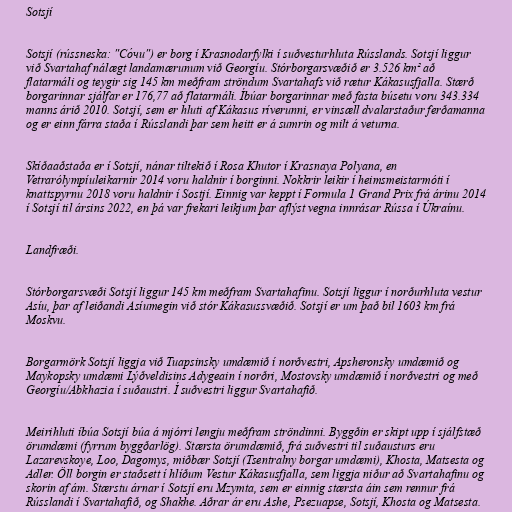
Sotsjí

Sotsjí (rússneska: "Со́чи") er borg í Krasnodarfylki í suðvesturhluta Rússlands. Sotsjí liggur
við Svartahaf nálægt landamærunum við Georgíu. Stórborgarsvæðið er 3.526 km² að
flatarmáli og teygir sig 145 km meðfram ströndum Svartahafs við rætur Kákasusfjalla. Stærð
borgarinnar sjálfar er 176,77 að flatarmáli. Íbúar borgarinnar með fasta búsetu voru 343.334
manns árið 2010. Sotsjí, sem er hluti af Kákasus ríverunni, er vinsæll dvalarstaður ferðamanna
og er einn fárra staða í Rússlandi þar sem heitt er á sumrin og milt á veturna.

Skíðaaðstaða er í Sotsjí, nánar tiltekið í Rosa Khutor í Krasnaya Polyana, en
Vetrarólympíuleikarnir 2014 voru haldnir í borginni. Nokkrir leikir í heimsmeistarmóti í
knattspyrnu 2018 voru haldnir í Sostjí. Einnig var keppt í Formula 1 Grand Prix frá árinu 2014
í Sotsjí til ársins 2022, en þá var frekari leikjum þar aflýst vegna innrásar Rússa í Úkraínu.

Landfræði.

Stórborgarsvæði Sotsjí liggur 145 km meðfram Svartahafinu. Sotsjí liggur í norðurhluta vestur
Asíu, þar af leiðandi Asíumegin við stór Kákasussvæðið. Sotsjí er um það bil 1603 km frá
Moskvu.

Borgarmörk Sotsjí liggja við Tuapsinsky umdæmið í norðvestri, Apsheronsky umdæmið og
Maykopsky umdæmi Lýðveldisins Adygeain í norðri, Mostovsky umdæmið í norðvestri og með
Georgíu/Abkhazia í suðaustri. Í suðvestri liggur Svartahafið.

Meirihluti íbúa Sotsjí búa á mjórri lengju meðfram ströndinni. Byggðin er skipt upp í sjálfstæð
örumdæmi (fyrrum byggðarlög). Stærsta örumdæmið, frá suðvestri til suðausturs eru
Lazarevskoye, Loo, Dagomys, miðbær Sotsjí (Tsentralny borgar umdæmi), Khosta, Matsesta og
Adler. Öll borgin er staðsett í hlíðum Vestur Kákasusfjalla, sem liggja niður að Svartahafinu og
skorin af ám. Stærstu árnar í Sotsjí eru Mzymta, sem er einnig stærsta áin sem rennur frá
Rússlandi í Svartahafið, og Shakhe. Aðrar ár eru Ashe, Psezuapse, Sotsjí, Khosta og Matsesta.